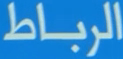
الرباط